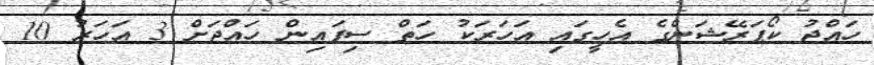
ހައްޖު ކޯޕަރޭޝަންގެ އެހީގައި އަހަރަކު ހަތް ސިފައިން ހައްޖަށް 3 އަހަރު 10